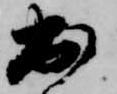
出